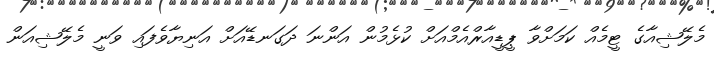
މެލޭޝިއާގެ ޓީމެއް ކަމަށްވާ ޕީޑީއާރްއެމްއަށް ކުޅެމުން އަންނަ ދަގަނޑޭއަށް އަނިޔާވެފައި ވަނީ މެލޭޝިއަން